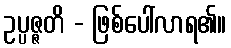
ဥပ္ပဇ္ဇတိ - ဖြစ်ပေါ်လာရ၏။